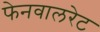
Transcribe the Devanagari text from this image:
फेनवालरेट